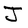
Character: J